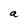
Character: a